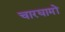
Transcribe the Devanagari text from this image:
चारघामों